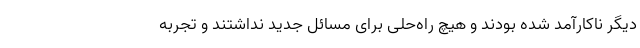
دیگر ناکارآمد شده بودند و هیچ راه‌حلی برای مسائل جدید نداشتند و تجربه